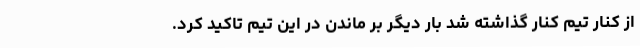
از کنار تیم کنار گذاشته شد بار دیگر بر ماندن در این تیم تاکید کرد.